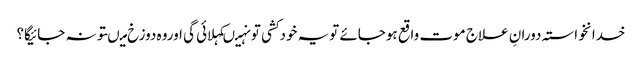
خدانخواستہ دورانِ علاج موت واقع ہوجائے تویہ خودکشی تونہیںکہلائی گی اوروہ دوزخ میںتونہ جائیگا؟